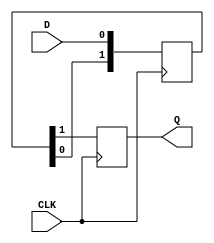
module async_to_sync_converter (
    input wire D,        // Async Data Input
    input wire CLK,      // Synchronous Clock
    output reg Q         // Sync Data Output
);

    // Internal signals for synchronization
    reg [1:0] sync_ff;   // Two flip-flops for synchronization

    // Asynchronous to Synchronous conversion logic
    always @(posedge CLK) begin
        sync_ff[0] <= D; // Sample the asynchronous data
        sync_ff[1] <= sync_ff[0]; // Second stage for metastability handling
    end

    // Output the synchronized data
    always @(posedge CLK) begin
        Q <= sync_ff[1]; // Output the stable synchronized data
    end

endmodule